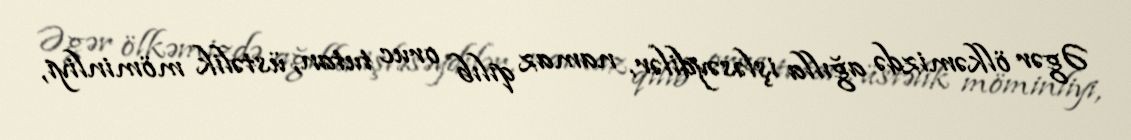
Əgər ölkəmizdə ağılla işləsəydilər, namaz qılıb oruc tutan, üstəlik möminliyi,